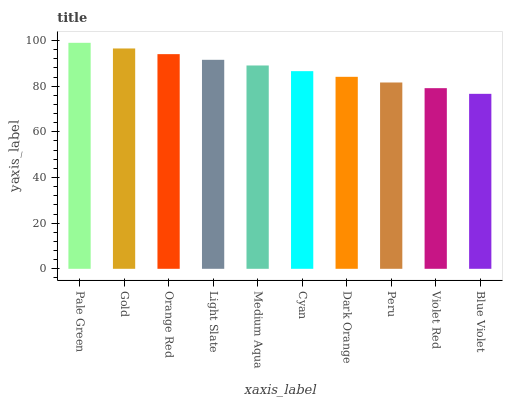
| xaxis_label | bars |
 | --- | --- |
 | Pale Green | 99 |
 | Gold | 96.5 |
 | Orange Red | 94 |
 | Light Slate | 91.5 |
 | Medium Aqua | 89.1 |
 | Cyan | 86.6 |
 | Dark Orange | 84.1 |
 | Peru | 81.6 |
 | Violet Red | 79.1 |
 | Blue Violet | 76.6 |